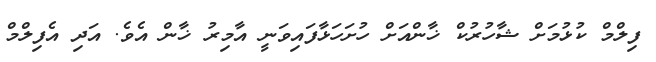
ފިލްމް ކުޅުމަށް ޝާހުރުކް ޚާންއަށް ހުށަހަޅާފައިވަނީ އާމިރު ޚާން އެވެ. އަދި އެފިލްމް